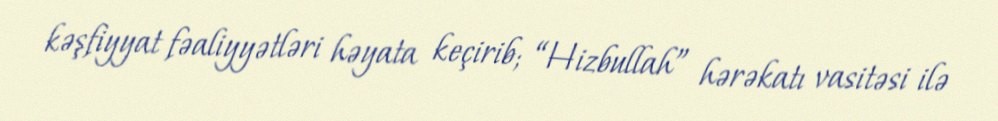
kəşfiyyat fəaliyyətləri həyata keçirib; “Hizbullah” hərəkatı vasitəsi ilə